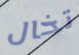
تخال